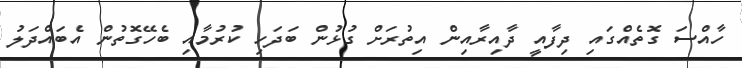
ހާއްސަ ގޮތެއްގައި ދިފާއީ ދާއިރާއިން އިތުރަށް ގުޅުން ބަދަހި ކުރުމާއި ބެހޭގޮތުން އެބައްދަލު